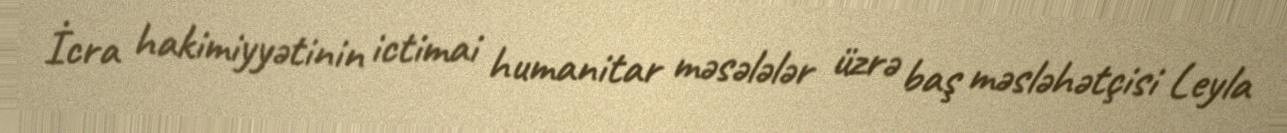
İcra hakimiyyətinin ictimai humanitar məsələlər üzrə baş məsləhətçisi Leyla